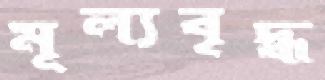
মূল্যবৃদ্ধ